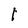
Character: 1